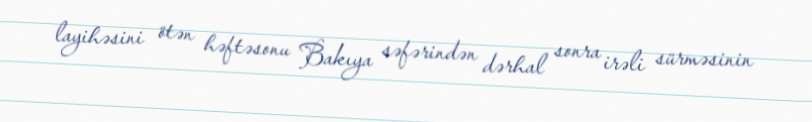
layihəsini ötən həftəsonu Bakıya səfərindən dərhal sonra irəli sürməsinin